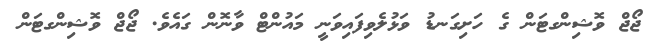
ޖޯޖް ވޮޝިންގޓަން ގެ ހަށިގަނޑު ވަޅުލެވިފައިވަނީ މައުންޓް ވާނޮން ގައެވެ. ޖޯޖް ވޮޝިންގޓަން